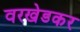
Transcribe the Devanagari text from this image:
वरखेडकर